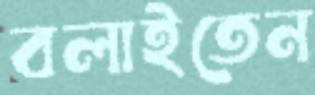
বলাইতেন